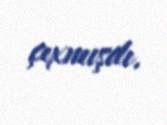
çıxmışdı.